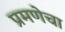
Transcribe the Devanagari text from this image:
प्रमणेचा